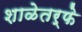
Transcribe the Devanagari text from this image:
शाळेतर्फे